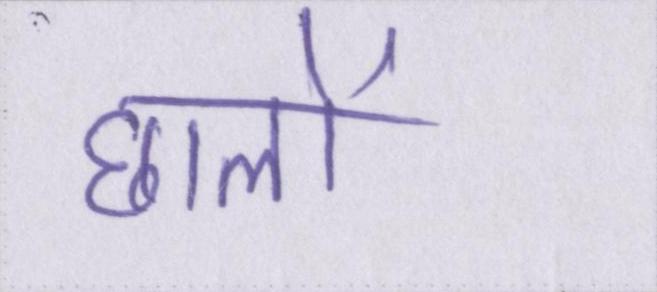
छालों